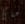
هناك